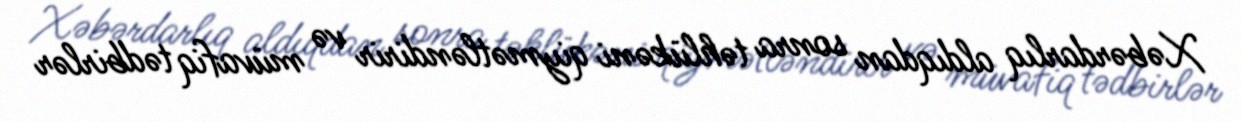
Xəbərdarlıq aldıqdan sonra təhlükəni qiymətləndirir və müvafiq tədbirlər